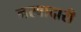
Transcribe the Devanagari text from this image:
नरवादारी